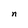
Character: n